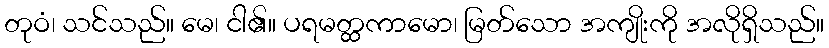
တုဝံ၊ သင်သည်။ မေ၊ ငါ၏။ ပရမတ္ထကာမော၊ မြတ်သော အကျိုးကို အလိုရှိသည်။